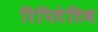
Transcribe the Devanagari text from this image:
रिपिटेटिव